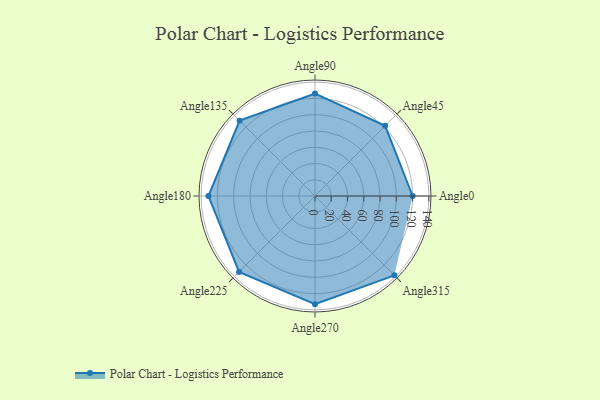
{"axis": {"x": "Angle", "y": "Radius"}, "legend": [""], "data": [{"x": "Angle0", "y": 120.0, "type": ""}, {"x": "Angle45", "y": 122.0, "type": ""}, {"x": "Angle90", "y": 126.0, "type": ""}, {"x": "Angle135", "y": 131.0, "type": ""}, {"x": "Angle180", "y": 131.0, "type": ""}, {"x": "Angle225", "y": 132.0, "type": ""}, {"x": "Angle270", "y": 133.0, "type": ""}, {"x": "Angle315", "y": 138.0, "type": ""}]}